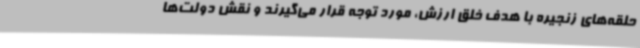
حلقه‌های زنجیره با هدف خلق ارزش، مورد توجه قرار می‌گیرند و نقش دولت‌ها